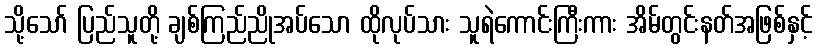
သို့သော် ပြည်သူတို့ ချစ်ကြည်ညိုအပ်သော ထိုလုပ်သား သူရဲကောင်းကြီးကား အိမ်တွင်းနတ်အဖြစ်နှင့်